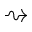
\rightsquigarrow